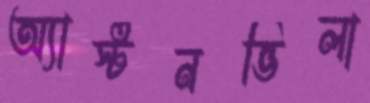
অ্যাস্টনভিলা